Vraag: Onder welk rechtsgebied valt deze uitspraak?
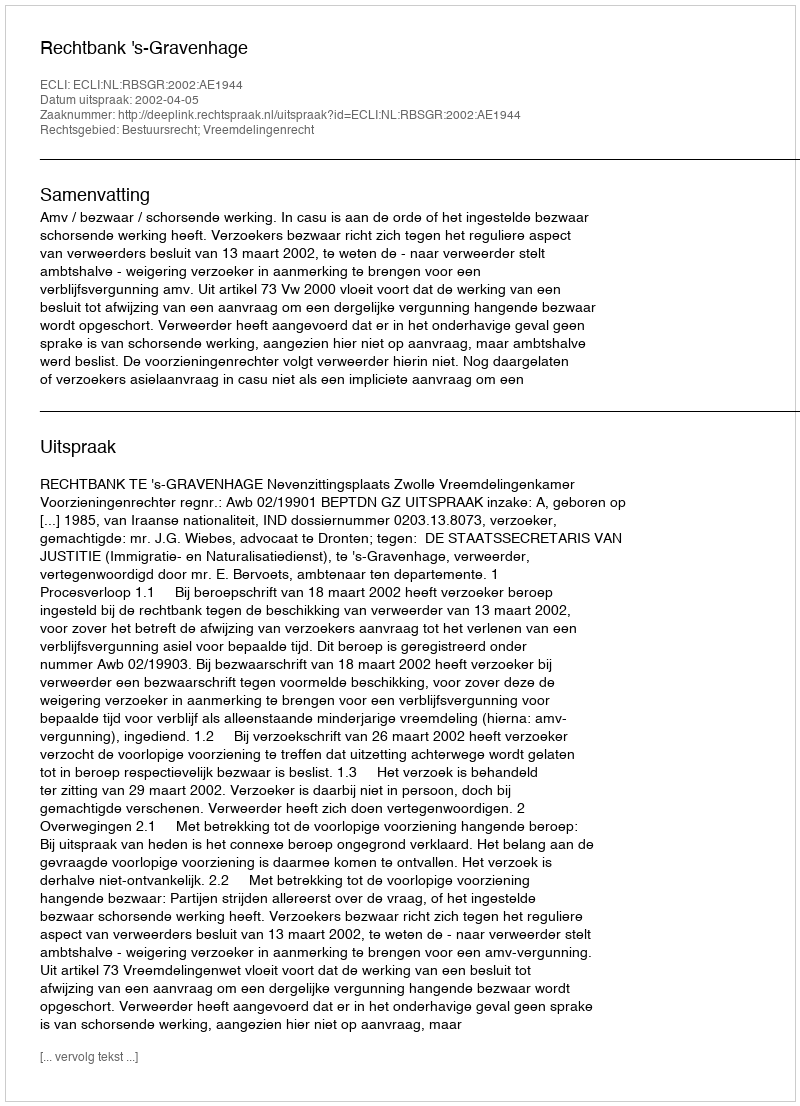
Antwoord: Bestuursrecht; Vreemdelingenrecht